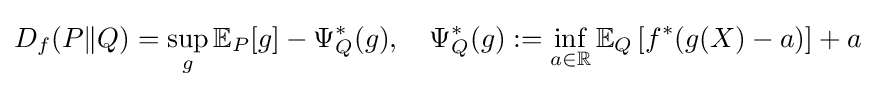
D_{f}(P\|Q)=\sup _{g}\mathbb {E} _{P}[g]-\Psi _{Q}^{*}(g),\quad \Psi _{Q}^{*}(g):=\inf _{a\in \mathbb {R} }\mathbb {E} _{Q}\left[f^{*}(g(X)-a)\right]+a